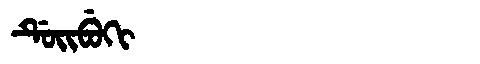
Manchu: ᡩᡠᡳᠪᡠᡴᡳ
Romanization: DUIBUKI